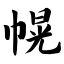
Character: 幌